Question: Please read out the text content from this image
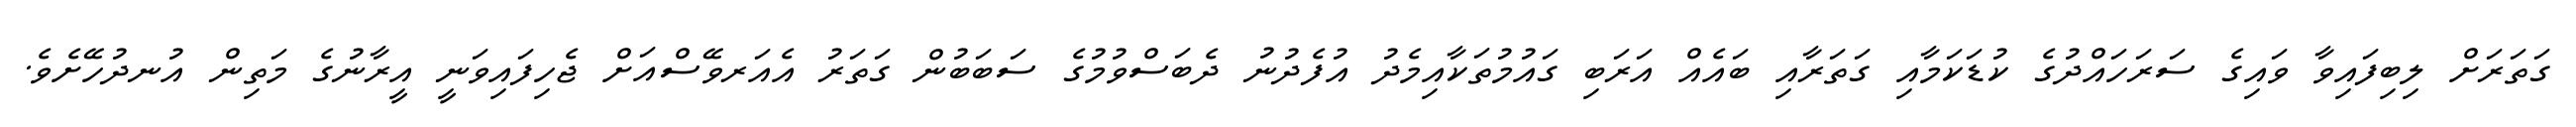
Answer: ގަތަރަށް ލިބިފައިވާ ވައިގެ ސަރަހައްދުގެ ކުޑަކަމާއި ގަތަރާއި ބައެއް އަރަބި ގައުމުތަކާއިމެދު އުފެދުނު ދެބަސްވުމުގެ ސަބަބުން ގަތަރު އެއަރވޭސްއަށް ޖެހިފައިވަނީ އީރާނުގެ މަތިން އުނދުހޭށެވެ.